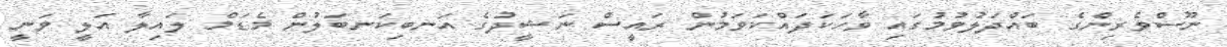
ނޫސްވެރިންގެ ބައްދަލުވުމުގައި ވާހަކަދައްކަވަމުން ރައީސް ނަޝީދުގެ އަނބިކަނބަލުން މެޑަމް ލައިލާ އަލީ ވަނީ